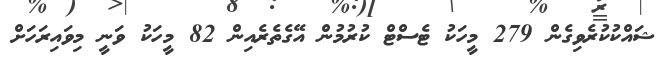
ޝައްކުކުރެވިގެން 279 މީހަކު ޓެސްޓް ކުރުމުން އޭގެތެރެއިން 82 މީހަކު ވަނީ މިވައިރަހަށް